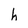
Character: h